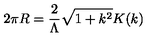
2 \pi R = \frac { 2 } { \Lambda } \sqrt { 1 + k ^ { 2 } } K ( k )